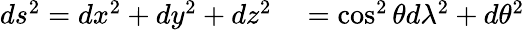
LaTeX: \begin{array}{rl}{ds^{2}=dx^{2}+dy^{2}+dz^{2}}&{{}=\cos^{2}\theta d\lambda^{2}+d\theta^{2}}\end{array}